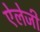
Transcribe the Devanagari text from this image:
ऐलेजी